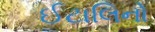
ઈટાલિનો